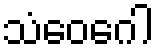
သံဝေဂေါ